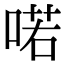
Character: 喏